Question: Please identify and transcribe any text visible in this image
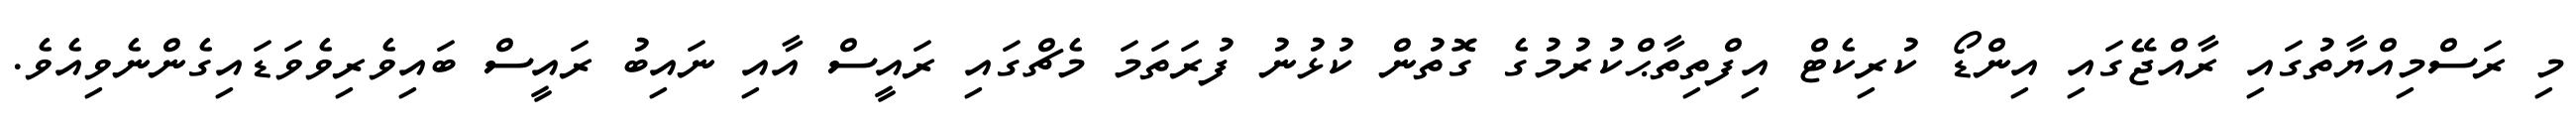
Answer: މި ރަސްމިއްޔާތުގައި ރާއްޖޭގައި އިންޑޯ ކުރިކެޓް އިފްތިތާޙްކުރުމުގެ ގޮތުން ކުޅުނު ފުރަތަމަ މެޗްގައި ރައީސް އާއި ނައިބު ރައީސް ބައިވެރިވެވަޑައިގެންނެވިއެވެ.